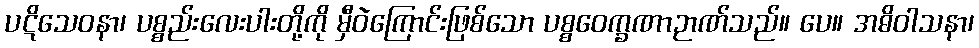
ပဋိသေဝနာ၊ ပစ္စည်းလေးပါးတို့ကို မှီဝဲကြောင်းဖြစ်သော ပစ္စဝေက္ခဏာဉာဏ်သည်။ ပေ။ အဓိဝါသနာ၊